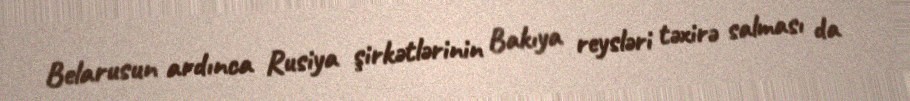
Belarusun ardınca Rusiya şirkətlərinin Bakıya reysləri təxirə salması da